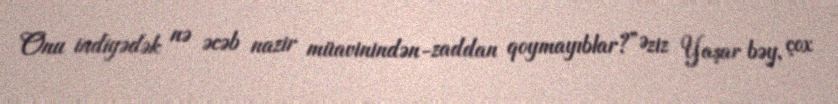
Onu indiyədək nə əcəb nazir müavinindən-zaddan qoymayıblar?”Əziz Yaşar bəy, çox